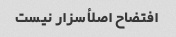
افتضاح اصلأ سزار نیست